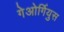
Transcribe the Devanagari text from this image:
गेओर्गियुस